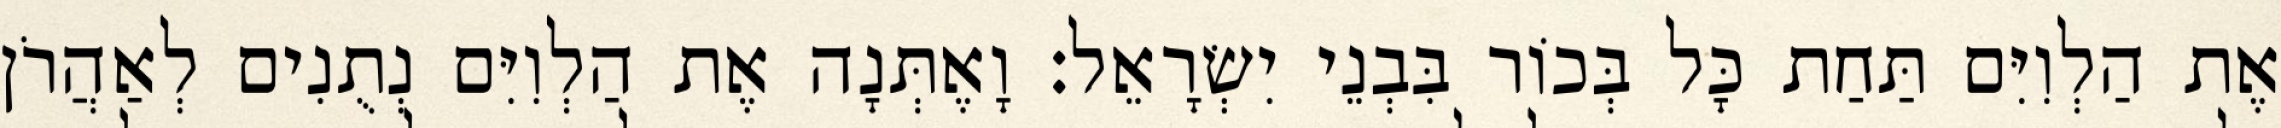
אֶת הַלְוִיִּם תַּחַת כָּל בְּכוֹר בִּבְנֵי יִשְׂרָאֵל׃ וָאֶתְּנָה אֶת הַלְוִיִּם נְתֻנִים לְאַהֲרֹן